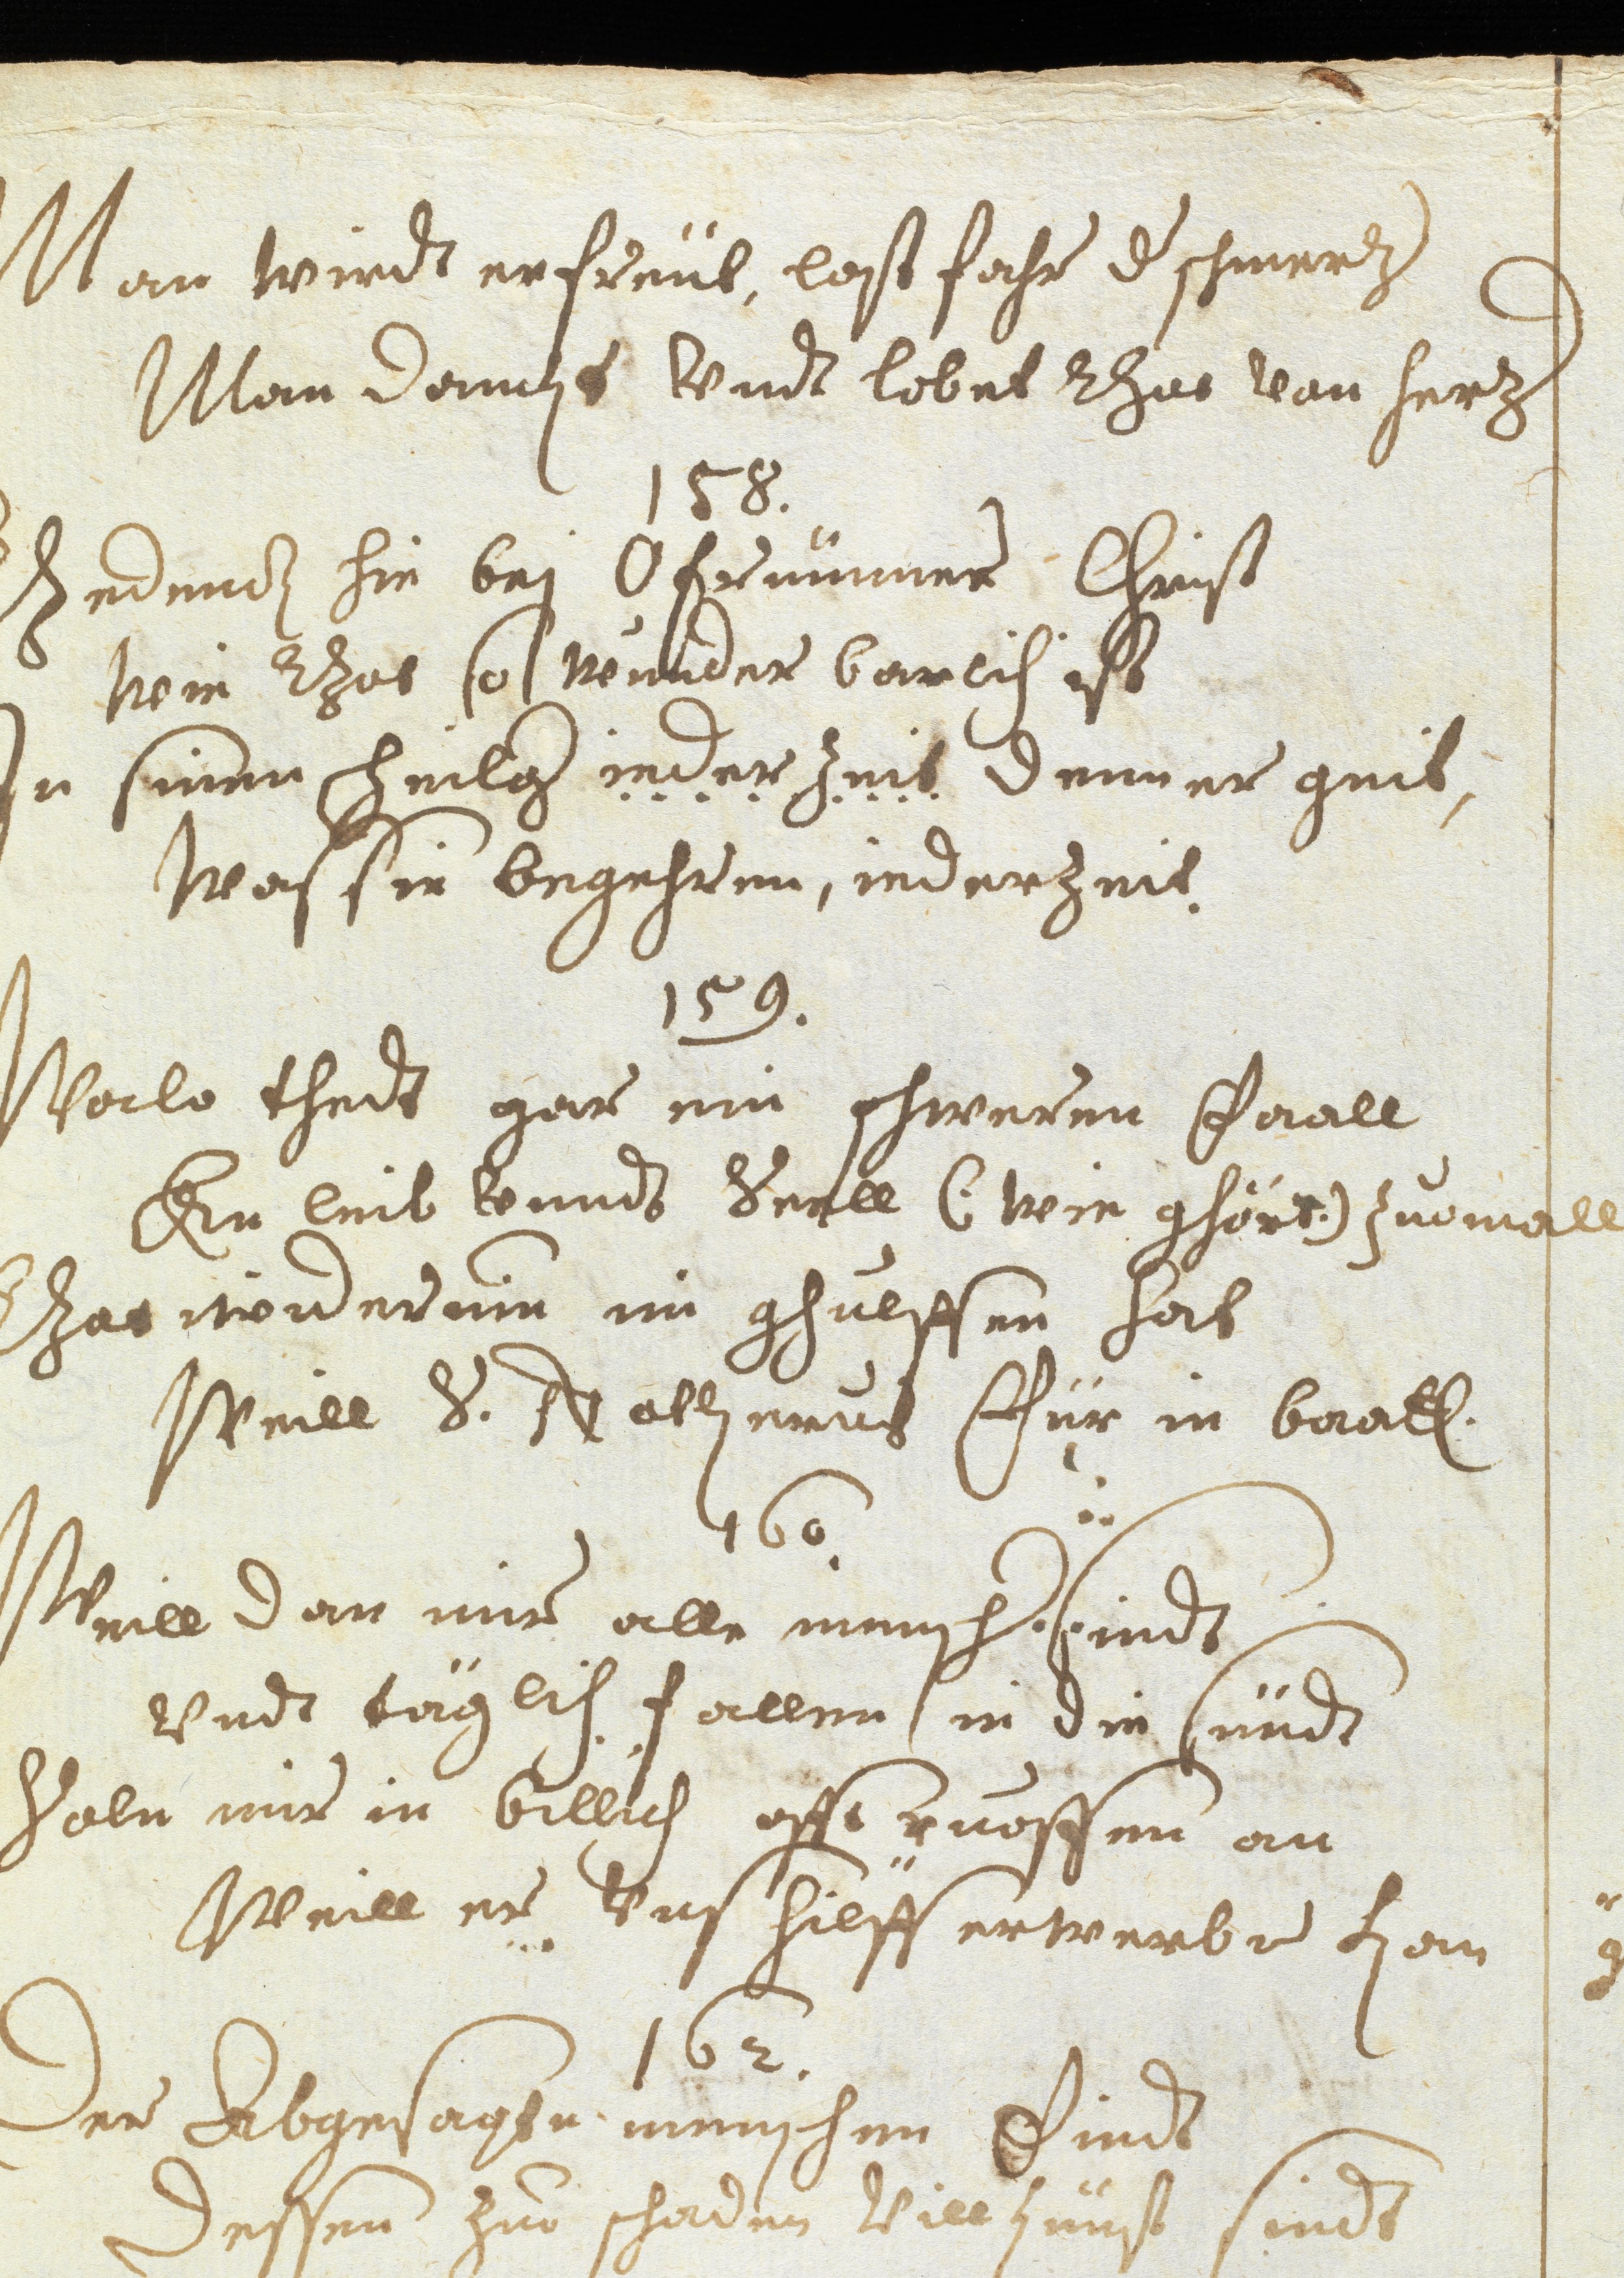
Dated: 1637–1641